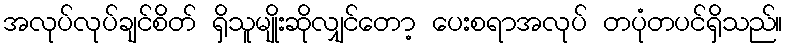
အလုပ်လုပ်ချင်စိတ် ရှိသူမျိုးဆိုလျှင်တော့ ပေးစရာအလုပ် တပုံတပင်ရှိသည်။